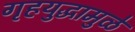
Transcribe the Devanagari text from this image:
गृहयुद्धामुळे